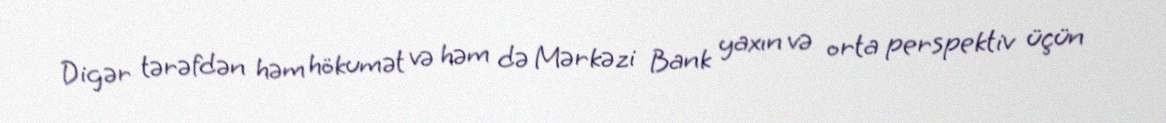
Digər tərəfdən həm hökumət və həm də Mərkəzi Bank yaxın və orta perspektiv üçün